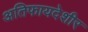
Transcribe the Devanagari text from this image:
अतिफायदेशीर